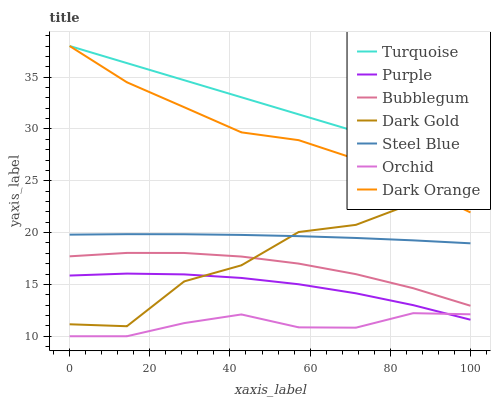
| xaxis_label | Turquoise | Purple | Bubblegum | Dark Gold | Steel Blue | Orchid | Dark Orange |
 | --- | --- | --- | --- | --- | --- | --- | --- |
 | 0 | 38 | 15.9 | 17.7 | 11.2 | 19.8 | 10 | 38 |
 | 14.3 | 36.4 | 16 | 18 | 11 | 19.8 | 10 | 34.5 |
 | 28.6 | 34.7 | 16 | 18 | 15.3 | 19.8 | 11.3 | 32.1 |
 | 42.9 | 33.1 | 15.6 | 17.7 | 16.8 | 19.8 | 12.1 | 29.7 |
 | 57.1 | 31.4 | 15 | 17 | 20.1 | 19.7 | 10.9 | 28.9 |
 | 71.4 | 29.8 | 14.1 | 16 | 20.7 | 19.5 | 10.8 | 27.1 |
 | 85.7 | 28.1 | 13 | 14.6 | 22.8 | 19.3 | 12.2 | 24.6 |
 | 100 | 26.5 | 11.6 | 12.9 | 26.1 | 19 | 12.1 | 21.9 |